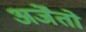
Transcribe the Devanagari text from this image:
अर्जेंतो